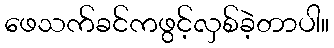
ဖေသက်ခင်ကဖွင့်လှစ်ခဲ့တာပါ။